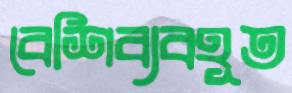
বেশিব্যবহূত